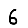
Digit: 6